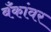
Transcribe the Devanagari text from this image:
बँकांवर